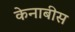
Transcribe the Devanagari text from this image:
केनाबीस